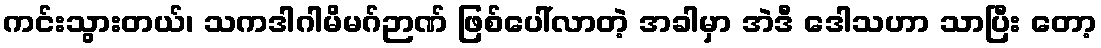
ကင်းသွားတယ်၊ သကဒါဂါမိမဂ်ဉာဏ် ဖြစ်ပေါ်လာတဲ့ အခါမှာ အဲဒီ ဒေါသဟာ သာပြီး တော့